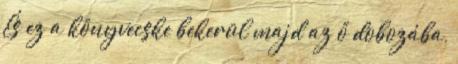
És ez a könyvecske bekerül majd az ő dobozába,